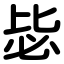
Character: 毖